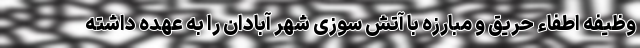
وظیفه اطفاء حریق و مبارزه با آتش سوزی شهر آبادان را به عهده داشته